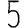
Digit: 5